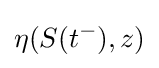
\eta (S(t^{-}),z)